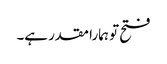
فتح تو ہمارا مقدر ہے۔